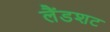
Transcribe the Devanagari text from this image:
लैंडशट